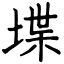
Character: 堞